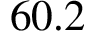
6 0 . 2